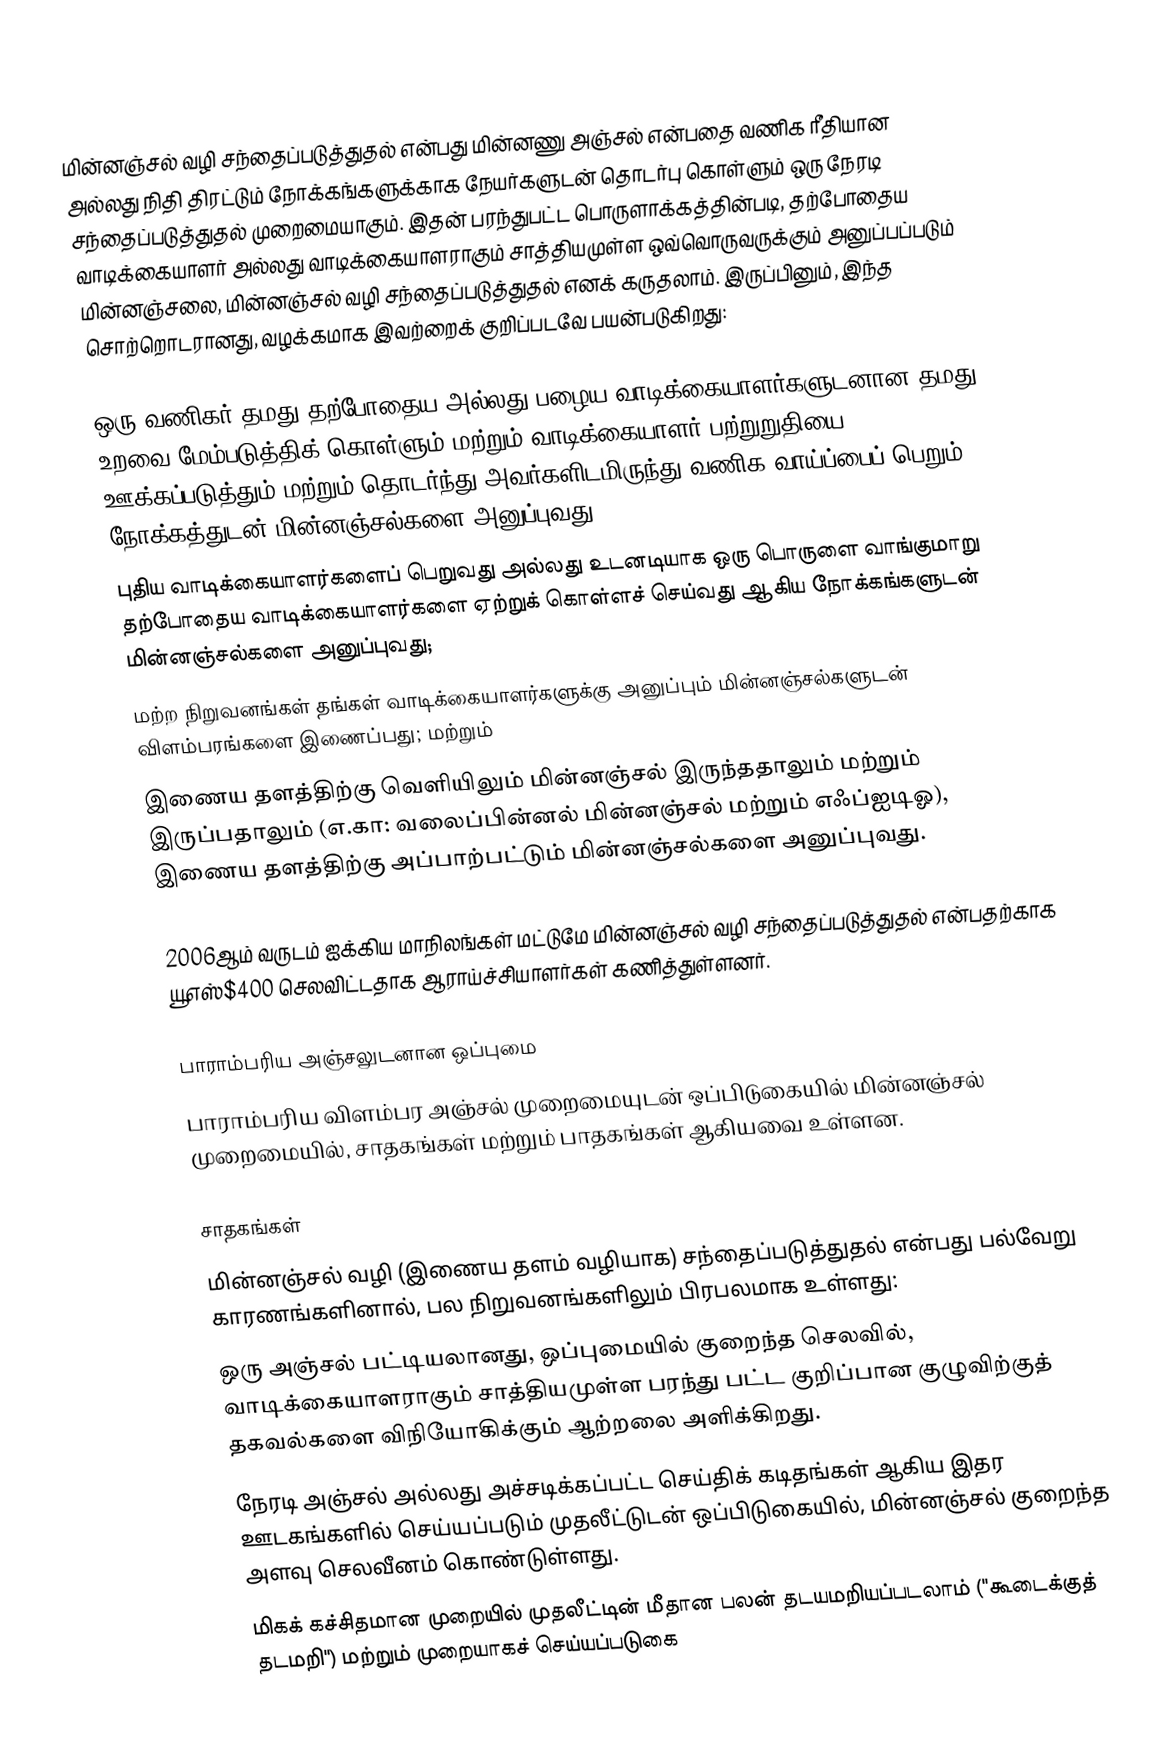
மின்னஞ்சல் வழி சந்தைப்படுத்துதல் என்பது மின்னணு அஞ்சல் என்பதை வணிக ரீதியான அல்லது நிதி திரட்டும் நோக்கங்களுக்காக நேயர்களுடன் தொடர்பு கொள்ளும் ஒரு நேரடி சந்தைப்படுத்துதல் முறைமையாகும். இதன் பரந்துபட்ட பொருளாக்கத்தின்படி, தற்போதைய வாடிக்கையாளர் அல்லது வாடிக்கையாளராகும் சாத்தியமுள்ள ஒவ்வொருவருக்கும் அனுப்பப்படும் மின்னஞ்சலை, மின்னஞ்சல் வழி சந்தைப்படுத்துதல் எனக் கருதலாம். இருப்பினும், இந்த சொற்றொடரானது, வழக்கமாக இவற்றைக் குறிப்படவே பயன்படுகிறது:

 ஒரு வணிகர் தமது தற்போதைய அல்லது பழைய வாடிக்கையாளர்களுடனான தமது உறவை மேம்படுத்திக் கொள்ளும் மற்றும் வாடிக்கையாளர் பற்றுறுதியை ஊக்கப்படுத்தும் மற்றும் தொடர்ந்து அவர்களிடமிருந்து வணிக வாய்ப்பைப் பெறும் நோக்கத்துடன் மின்னஞ்சல்களை அனுப்புவது;
 புதிய வாடிக்கையாளர்களைப் பெறுவது அல்லது உடனடியாக ஒரு பொருளை வாங்குமாறு தற்போதைய வாடிக்கையாளர்களை ஏற்றுக் கொள்ளச் செய்வது ஆகிய நோக்கங்களுடன் மின்னஞ்சல்களை அனுப்புவது;
 மற்ற நிறுவனங்கள் தங்கள் வாடிக்கையாளர்களுக்கு அனுப்பும் மின்னஞ்சல்களுடன் விளம்பரங்களை இணைப்பது; மற்றும்
 இணைய தளத்திற்கு வெளியிலும் மின்னஞ்சல் இருந்ததாலும் மற்றும் இருப்பதாலும் (எ.கா: வலைப்பின்னல் மின்னஞ்சல் மற்றும் எஃப்ஐடிஓ), இணைய தளத்திற்கு அப்பாற்பட்டும் மின்னஞ்சல்களை அனுப்புவது.

2006ஆம் வருடம் ஐக்கிய மாநிலங்கள் மட்டுமே மின்னஞ்சல் வழி சந்தைப்படுத்துதல் என்பதற்காக யூஎஸ்$400 செலவிட்டதாக ஆராய்ச்சியாளர்கள் கணித்துள்ளனர்.

பாராம்பரிய அஞ்சலுடனான ஒப்புமை
பாராம்பரிய விளம்பர அஞ்சல் முறைமையுடன் ஒப்பிடுகையில் மின்னஞ்சல் முறைமையில், சாதகங்கள் மற்றும் பாதகங்கள் ஆகியவை உள்ளன.

சாதகங்கள்
மின்னஞ்சல் வழி (இணைய தளம் வழியாக) சந்தைப்படுத்துதல் என்பது பல்வேறு காரணங்களினால், பல நிறுவனங்களிலும் பிரபலமாக உள்ளது:
 ஒரு அஞ்சல் பட்டியலானது, ஒப்புமையில் குறைந்த செலவில், வாடிக்கையாளராகும் சாத்தியமுள்ள பரந்து பட்ட குறிப்பான குழுவிற்குத் தகவல்களை விநியோகிக்கும் ஆற்றலை அளிக்கிறது.
 நேரடி அஞ்சல் அல்லது அச்சடிக்கப்பட்ட செய்திக் கடிதங்கள் ஆகிய இதர ஊடகங்களில் செய்யப்படும் முதலீட்டுடன் ஒப்பிடுகையில், மின்னஞ்சல் குறைந்த அளவு செலவீனம் கொண்டுள்ளது.
 மிகக் கச்சிதமான முறையில் முதலீட்டின் மீதான பலன் தடயமறியப்படலாம் ("கூடைக்குத் தடமறி") மற்றும் முறையாகச் செய்யப்படுகை